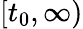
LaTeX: [t_{0},\infty)